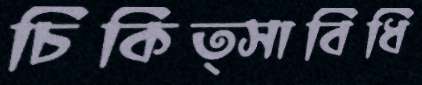
চিকিত্সাবিধি